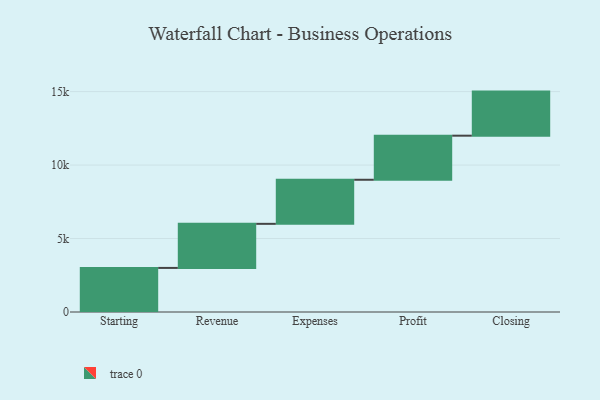
{"axis": {"x": "Step", "y": "Value"}, "legend": [""], "data": [{"x": "Starting", "y": 3000, "type": ""}, {"x": "Revenue", "y": 3000, "type": ""}, {"x": "Expenses", "y": 3000, "type": ""}, {"x": "Profit", "y": 3000, "type": ""}, {"x": "Closing", "y": 3000, "type": ""}]}